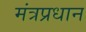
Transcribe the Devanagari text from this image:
मंत्रप्रधान